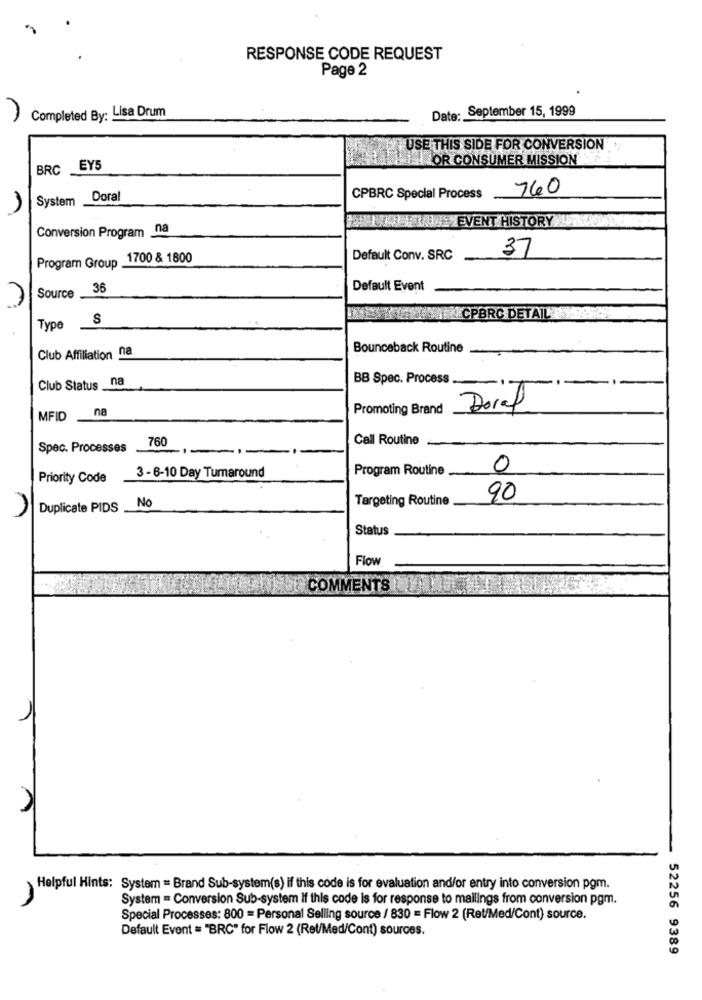
RESPONSE CODE REQUEST
Page 2
Date: September 15, 1999
Completed By: Lisa Drum
USE THIS SIDE FOR CONVERSION
LLOR CONSUMER MISSION
BRC EY5
760
System
Doral
CPBRC Special Process
WIE EVENT HISTORY
Conversion Program na
1700 & 1800
Default Conv. SRC
37
Program Group
36
Default Event
Source
S
JMENCPBRC DETAIL
Type
Club Affiliation na
Bounceback Routine
BB Spec. Process
Club Status _na
na
Promoting Brand
Dort
MFID
760
Call Routine.
Spec. Processes
3 - 6-10 Day Turnaround
Program Routine
0
Priority Code
Targeting Routine
90
Duplicate PIDS
No
Status
Flow
COMMENTS
u
Helpful Hints: System = Brand Sub-system(s) if this code is for evaluation and/or entry into conversion pgm.
System = Conversion Sub-system If this code is for response to mailings from conversion pgm.
Special Processes: 800 = Personal Selling source / 830 = Flow 2 (Ret/Med/Cont) source.
Default Event = "BRC" for Flow 2 (Ret/Med/Cont) sources.
52256 9389